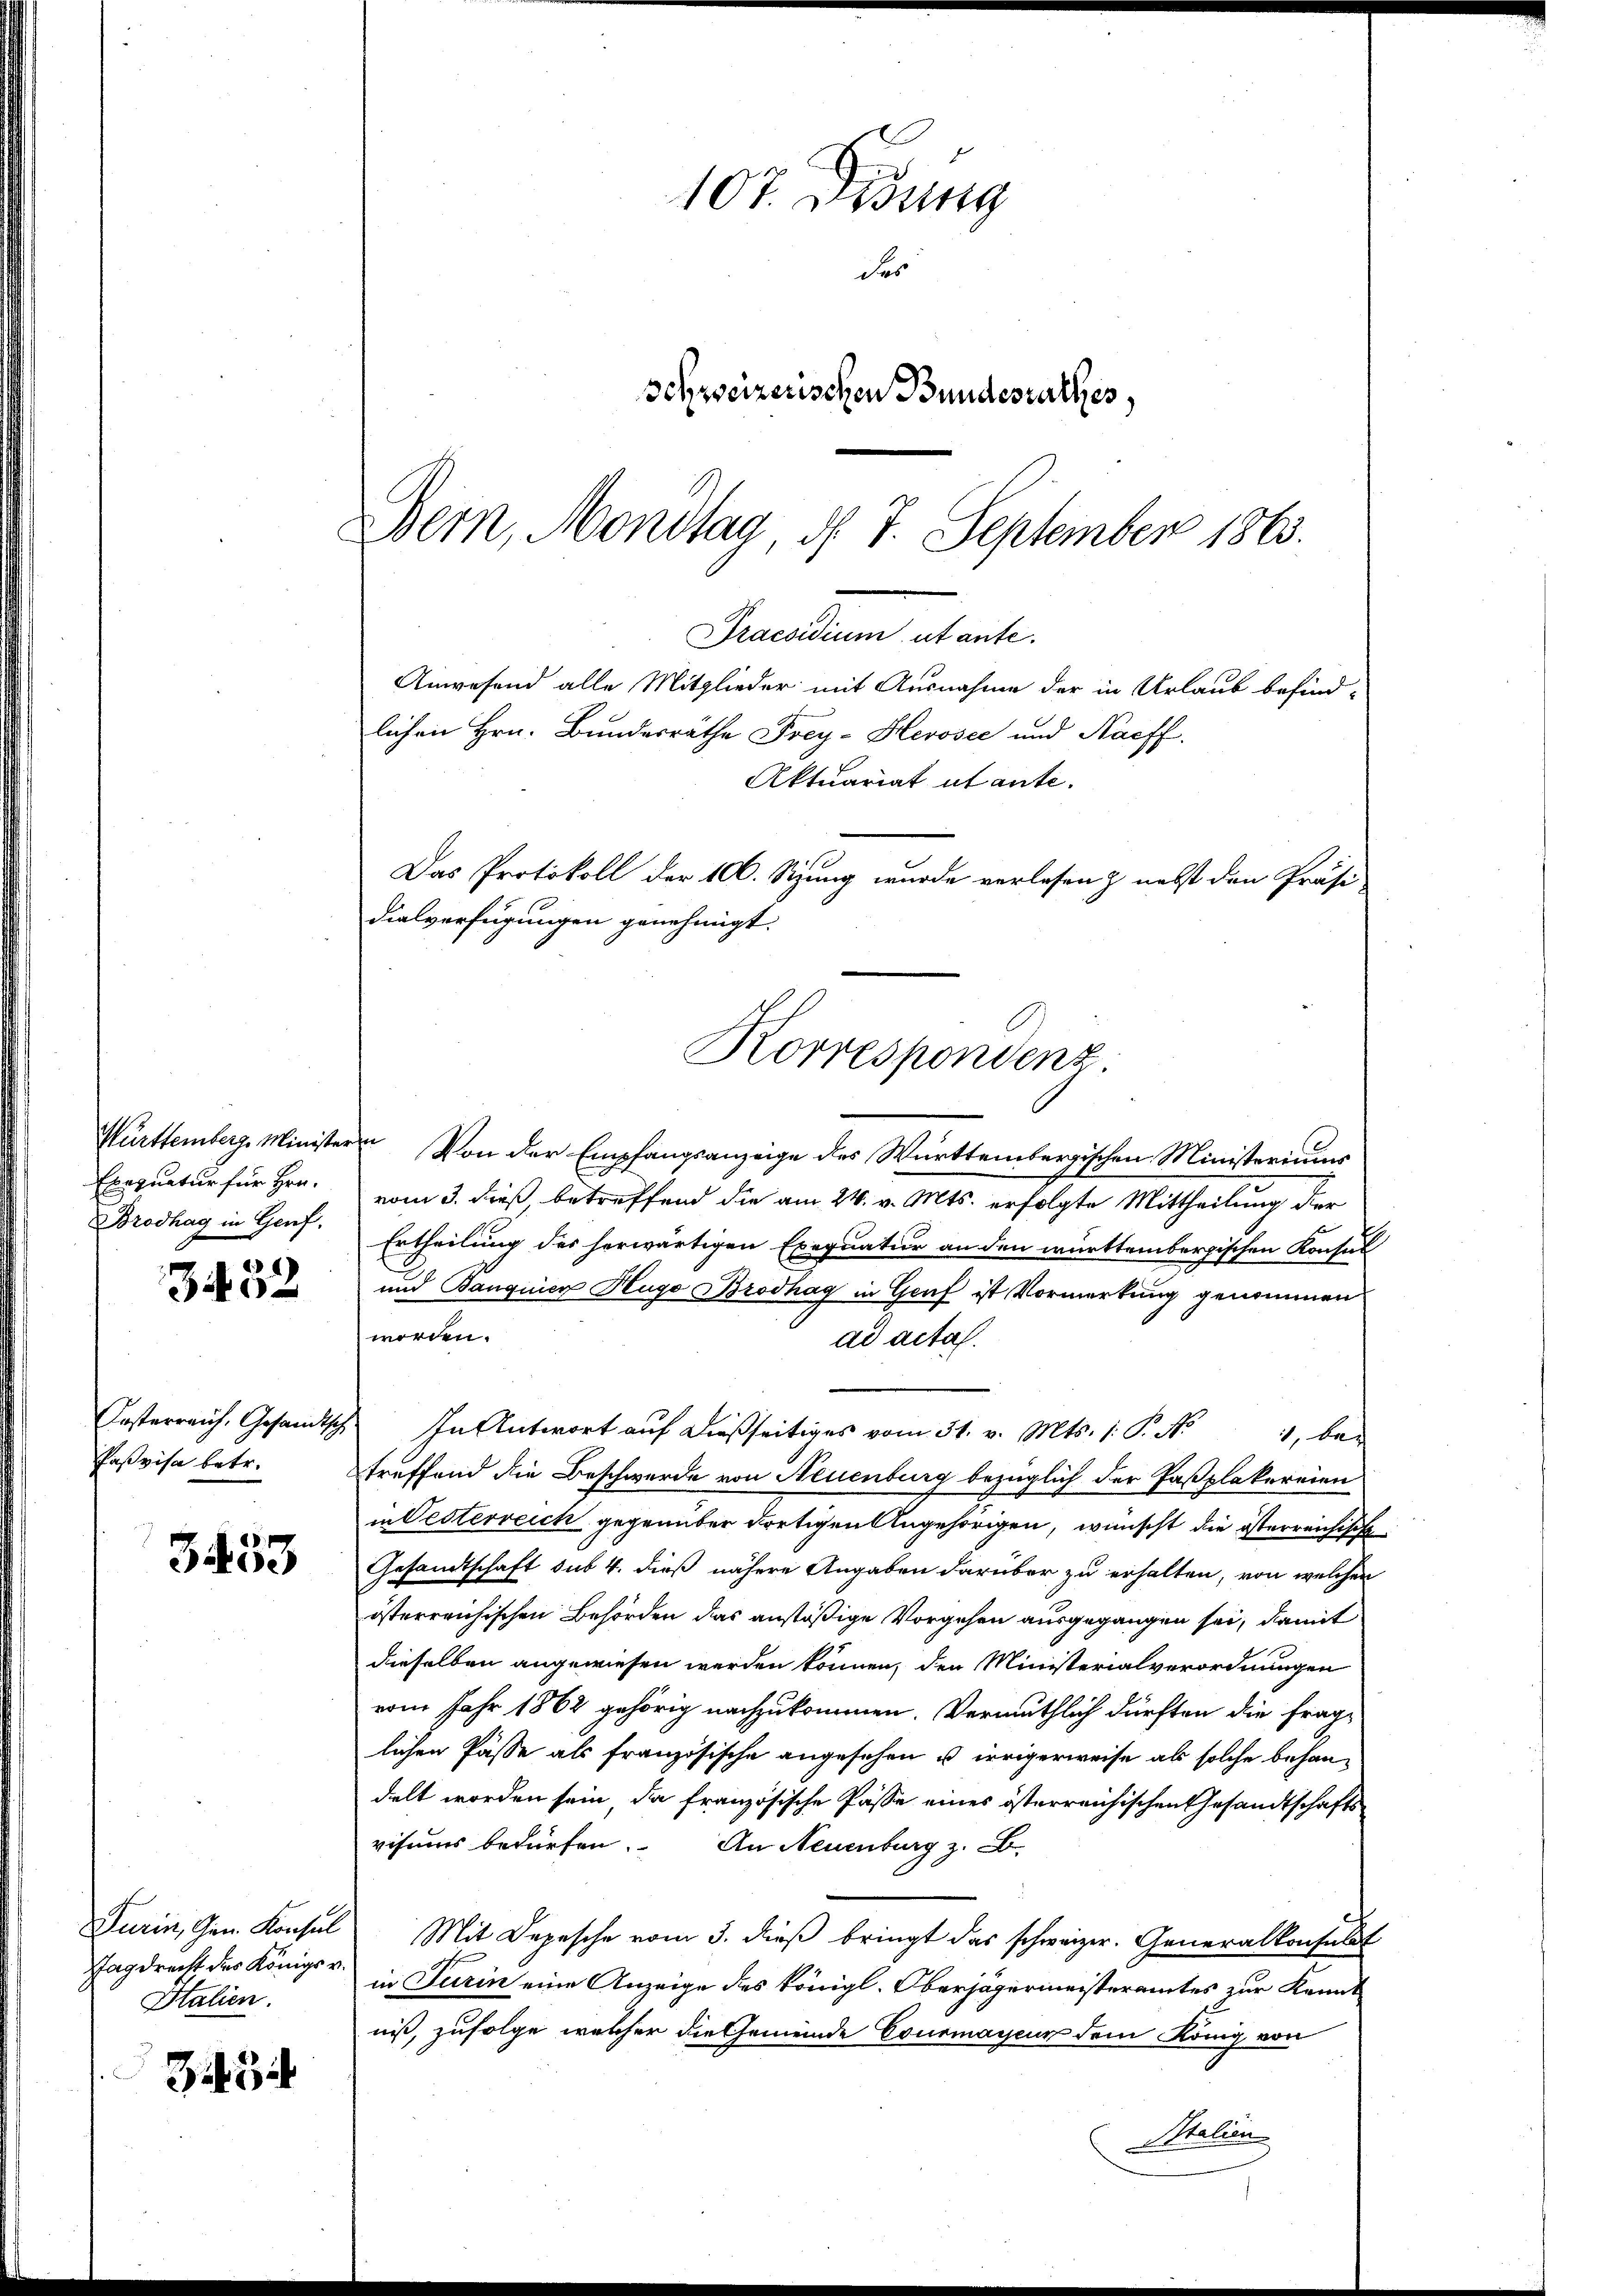
Württemberg. Minister
Exequatur für Hrn.
Brodhag in Genf.

8
Bio-

Casterreich, Gesandtsch
Paßvisa betr.

3453

Turin, Gen. Konsul
Tagdrecht des Königs v.
Italien.

33

107. Didung
des
Schweizerischen Bundesrathes,
Bern, Mondtag, d. 7. September 1863.

Praesidium utante.
Anwesend alle Mitglieder mit Ausnahme der in Urlaub befind-
lichen Hrn. Bundesrathe Frey-Herosec und Naeff.
Aktuariat utante.
Das Protokoll der 100. Sizung wurde verlesen & nebst den Präsi-
dialverfügungen genehmigt.
Korrespondenz

Von der Empfangsanzeige des Württembergischen Ministeriums
vom 3. dieß betreffend die am 24. v. Mts. erfolgte Mittheilung der
Ertheilung des herwärtigen Exequatur an den württembergischen Konsul
und Banquier Hugo Brodhag in Genf ist Vormerkung genommen
worden.
ad acta.
In Antwort auf dießseitiges vom 31. v. Mts. 1. P. Nr.
1, be
treffend die Beschwerde von Neuenburg bezüglich der Faßplakereien
in Oesterreich gegenüber dortigen Angehörigen, wünscht die österreichische
Gesandtschaft sub 4. dieß nähere Angaben darüber zu erhalten, von welchen
österreichischen Behörden das anstößige Vorgehen ausgegangen sei, damit
dieselben angewiesen werden können, den Ministerialverordnungen
vom Jahr 1862 gehörig nachzukommen. Vermuthlich dürften die fraglichen Pässe als französische angesehen u. irrigerweise als solche behandelt worden sein, da französische Pässe eines österreichischen Gesandtschafts-
visums bedürfen. An Neuenburg z. B.
Mit Depesche vom 3. dieß bringt das schweizer. Generalkonsulat
in Turin eine Anzeige des königl. Oberjägermeisteramtes zur Kennt-
niß, zufolge welcher die Gemeinde Courmayeur dem König von
Italien